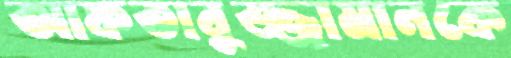
আফতাবুজ্জামানকে